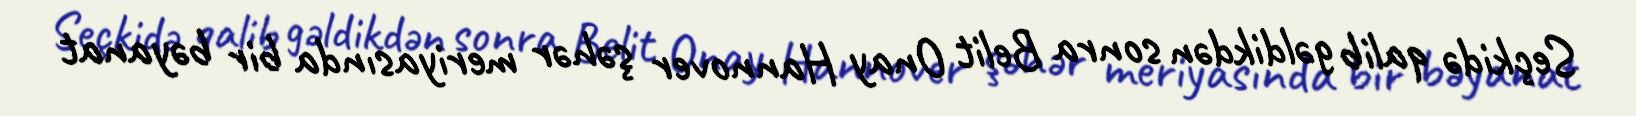
Seçkidə qalib gəldikdən sonra Belit Onay Hannover şəhər meriyasında bir bəyanat